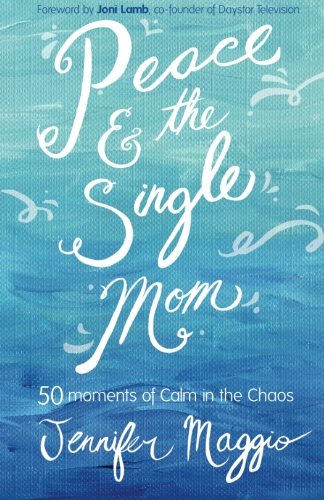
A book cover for Peace and the Single Mom; Jennifer Maggio; Parenting & Relationships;